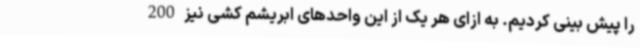
را پیش بینی کردیم. به ازای هر یک از این واحدهای ابریشم کشی نیز 200